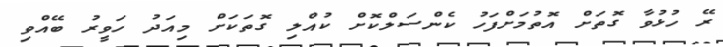
ރޭ ހުޅުވާ ގޮތަށް އޮތުމަށްފަހު ކެންސަލްކޮށް ކުއްލި ގޮތަކަށް މިއަދު ހަވީރު ބޭއްވި